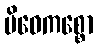
မိဓေကစ္စော